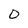
Character: 0